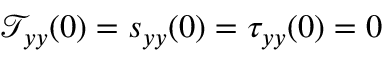
\mathcal { T } _ { y y } ( 0 ) = s _ { y y } ( 0 ) = \tau _ { y y } ( 0 ) = 0